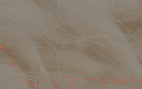
خدمات تنظيف المنازل والمك